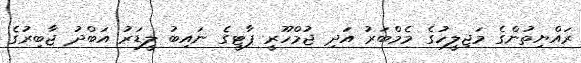
ރައްޔިތުންގެ މަޖިލީހުގެ މެމްބަރު އަދި ޖުމްހޫރީ ޕާޓީގެ ނައިބު ލީޑަރު އަބްދު ޖާބިރުގެ